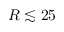
R \lesssim 2 5